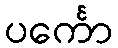
ပင်္ကော